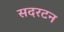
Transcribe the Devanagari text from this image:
सदरटन